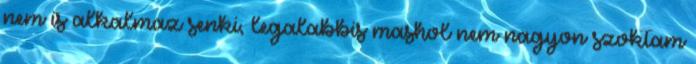
nem is alkalmaz senki, legalabbis mashol nem nagyon szoktam